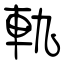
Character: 軌